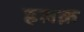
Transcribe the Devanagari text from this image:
हलक़